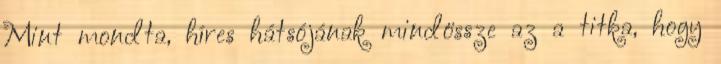
Mint mondta, híres hátsójának mindössze az a titka, hogy